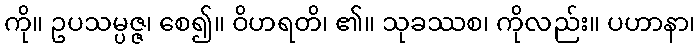
ကို။ ဥပသမ္ပဇ္ဇ၊ စေ၍။ ဝိဟရတိ၊ ၏။ သုခဿစ၊ ကိုလည်း။ ပဟာနာ၊